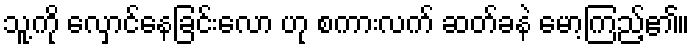
သူ့ကို လှောင်နေခြင်းလော ဟု စကားလက် ဆတ်ခနဲ မော့ကြည့်၏။